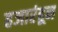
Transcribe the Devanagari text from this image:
हजारंहून